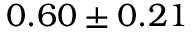
0 . 6 0 \pm 0 . 2 1